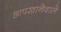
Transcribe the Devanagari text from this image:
छापखानेवाले